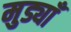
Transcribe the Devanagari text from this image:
मुड्याँ